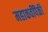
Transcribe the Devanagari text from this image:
महाकवींपैकी